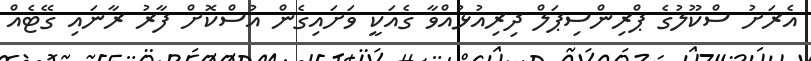
އެރަށު ސްކޫލުގެ ޕްރިންސިޕަލް ދިރިއުޅުއްވާ ގެއަކީ ވަށައިގެން އުސްކޮށް ފާރު ރާނައި ގޭޓެއް